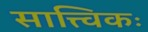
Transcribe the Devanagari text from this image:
सात्त्विकः